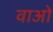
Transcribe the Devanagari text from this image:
वाओ